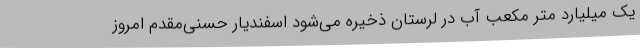
یک میلیارد متر مکعب آب در لرستان ذخیره می‌شود اسفندیار حسنی‌مقدم امروز